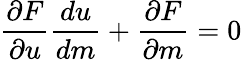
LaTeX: \frac{\partial F}{\partial u}\frac{du}{dm}+\frac{\partial F}{\partial m}=0